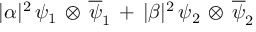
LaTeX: | { \alpha } | ^ { 2 } \, { \psi } _ { 1 } \, \otimes \, { \overline { { { \psi } } } _ { 1 } } \, + \, | { \beta } | ^ { 2 } \, { \psi } _ { 2 } \, \otimes \, { \overline { { { \psi } } } _ { 2 } }